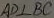
A D \bot B C